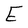
Character: E